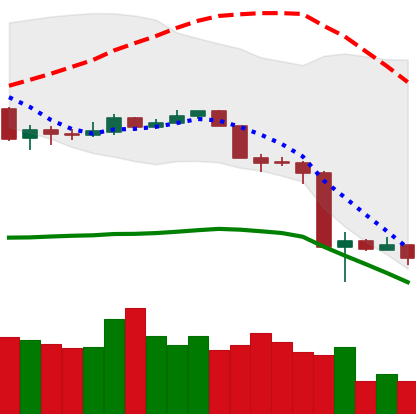
Ticker: NEO-USD
Chart end date: 2020-03-16
Forward return: 15.97%
Label: up_7plus